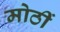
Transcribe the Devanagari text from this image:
मोठीं